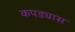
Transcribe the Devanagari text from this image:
कपड्यास